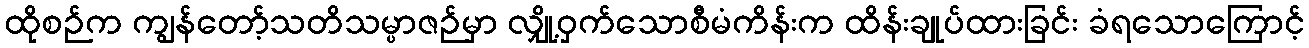
ထိုစဉ်က ကျွန်တော့်သတိသမ္ပာဇဉ်မှာ လျှို့ဝှက်သောစီမံကိန်းက ထိန်းချုပ်ထားခြင်း ခံရသောကြောင့်